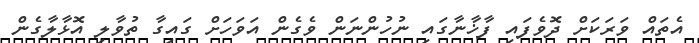
އެތައް ވަރަކަށް ދޮވެފައި ފާޚާނާގައި ނުހުންނަން ވެގެން އަވަހަށް ގައިގާ ތުވާލި އޮޅާލާގެން